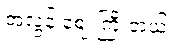
အလွန် ဈေးကြီးတယ်။